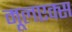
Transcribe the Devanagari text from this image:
मूलएक्स